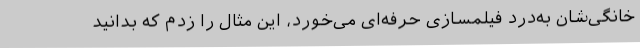
خانگی‌شان به‌درد فیلمسازی حرفه‌ای می‌خورد، این مثال را زدم که بدانید